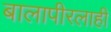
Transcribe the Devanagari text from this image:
बालापीरलाही